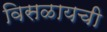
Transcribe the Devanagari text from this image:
विसळायची